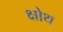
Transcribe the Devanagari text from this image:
क्षोथ